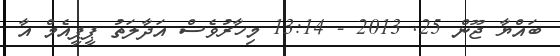
ބައްޔާ ޖޫން 25